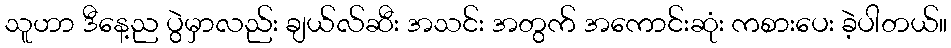
သူဟာ ဒီနေ့ည ပွဲမှာလည်း ချယ်လ်ဆီး အသင်း အတွက် အကောင်းဆုံး ကစားပေး ခဲ့ပါတယ်။